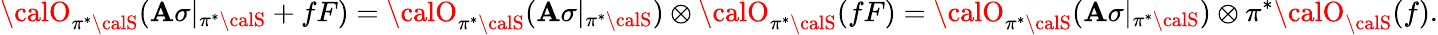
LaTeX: {\calO}_{\pi^{*}{\calS}}(\mathbf{A}\sigma|_{\pi^{*}{\calS}}+fF)={\calO}_{\pi^{*}{\calS}}(\mathbf{A}\sigma|_{\pi^{*}{\calS}})\otimes{\calO}_{\pi^{*}{\calS}}(fF)={\calO}_{\pi^{*}{\calS}}(\mathbf{A}\sigma|_{\pi^{*}{\calS}})\otimes\pi^{*}{\calO}_{{\calS}}(f).